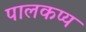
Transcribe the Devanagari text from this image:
पालकप्य